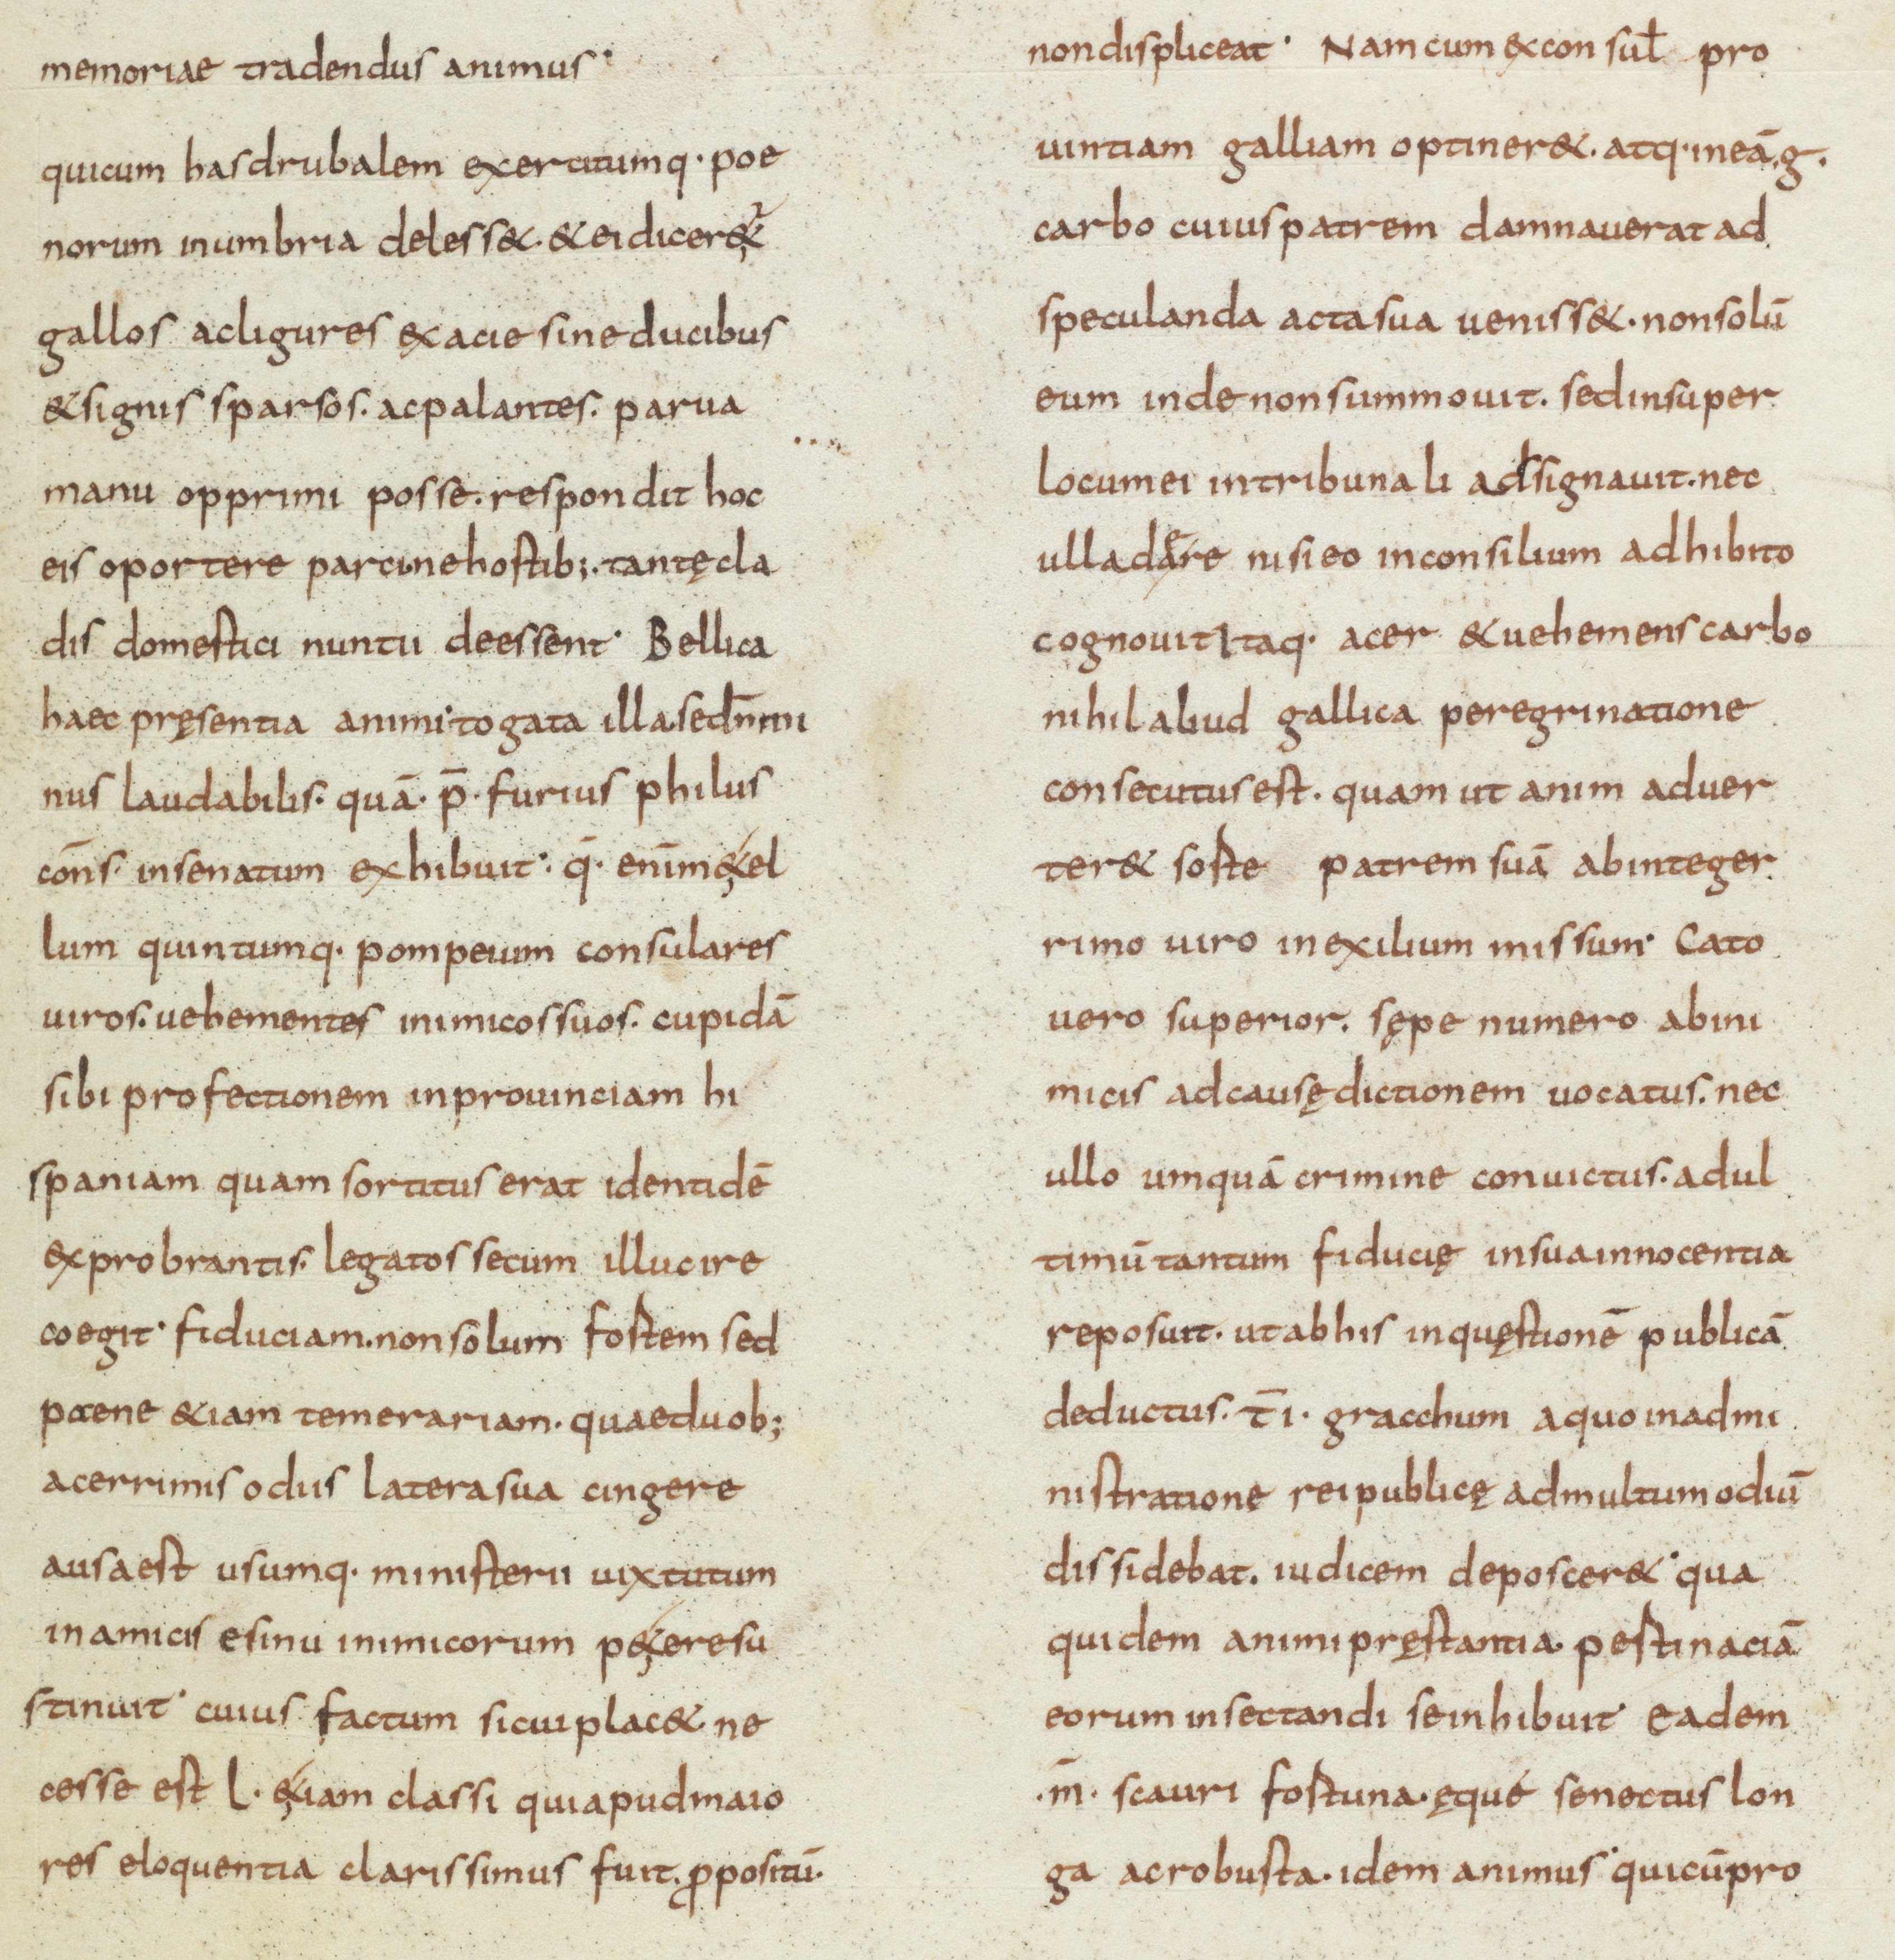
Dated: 834–866